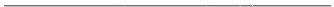
___